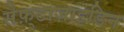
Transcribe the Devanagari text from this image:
सेफ़्टाज़ाइडिन